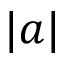
| a |